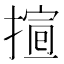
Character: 𢱱